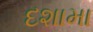
દશામા